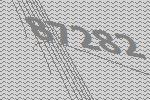
87282